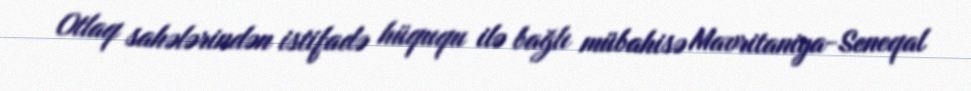
Otlaq sahələrindən istifadə hüququ ilə bağlı mübahisə Mavritaniya-Seneqal